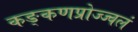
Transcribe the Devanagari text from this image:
कङ्कणप्रोज्ज्वलं